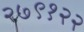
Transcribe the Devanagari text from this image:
२७९१२२